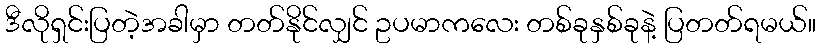
ဒီလိုရှင်းပြတဲ့အခါမှာ တတ်နိုင်လျှင် ဥပမာကလေး တစ်ခုနှစ်ခုနဲ့ ပြတတ်ရမယ်။